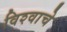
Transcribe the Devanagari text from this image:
विश्‍वाचे